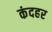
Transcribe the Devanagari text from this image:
कंदहर